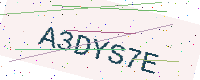
Text: A3DYS7E